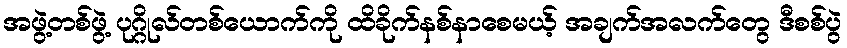
အဖွဲ့တစ်ဖွဲ့ ပုဂ္ဂိုလ်တစ်ယောက်ကို ထိခိုက်နစ်နာစေမယ့် အချက်အလက်တွေ ဒီစစ်ပွဲ